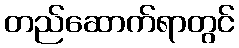
တည်ဆောက်ရာတွင်